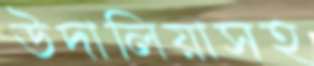
উদালিয়াসহ